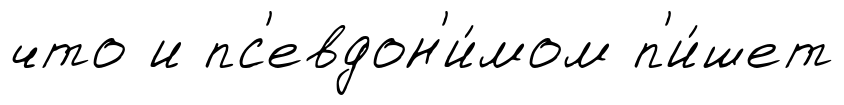
что и пс'евдон'и́мом п'и́шет